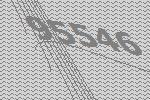
95546